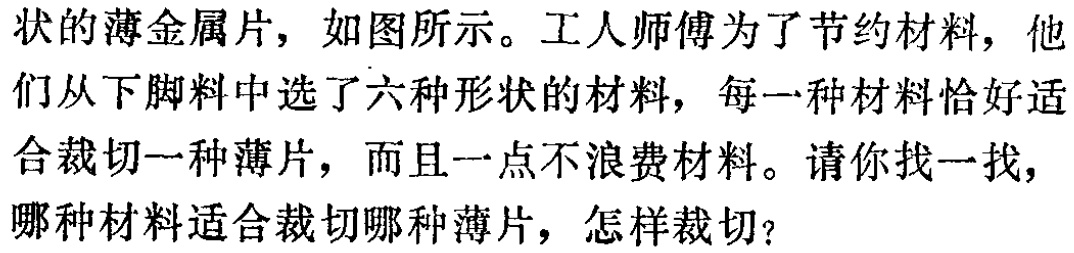
状的薄金属片，如图所示。工人师傅为了节约材料，他们从下脚料中选了六种形状的材料，每一种材料恰好适合裁切一种薄片，而且一点不浪费材料。请你找一找，哪种材料适合裁切哪种薄片，怎样裁切？